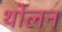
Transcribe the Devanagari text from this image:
थोलन